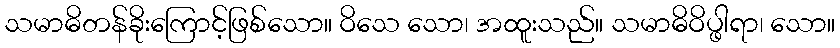
သမာဓိတန်ခိုးကြောင့်ဖြစ်သော။ ဝိသေ သော၊ အထူးသည်။ သမာဓိဝိပ္ဖါရာ၊ သော။